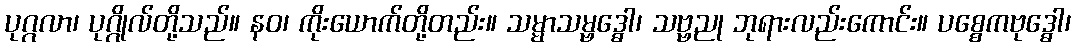
ပုဂ္ဂလာ၊ ပုဂ္ဂိုလ်တို့သည်။ နဝ၊ ကိုးယောက်တို့တည်း။ သမ္မာသမ္ဗဒ္ဓေါ၊ သဗ္ဗညု ဘုရားလည်းကောင်း။ ပစ္စေကဗုဒ္ဓေါ၊